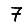
Digit: 7